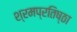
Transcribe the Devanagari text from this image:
श्रमप्रतिष्ठा